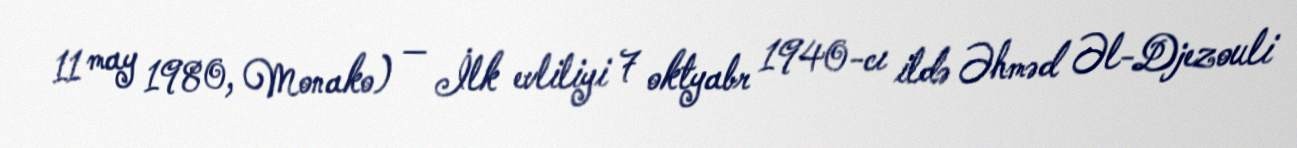
11 may 1980, Monako) — İlk evliliyi 7 oktyabr 1940-cı ildə Əhməd Əl-Djezouli